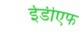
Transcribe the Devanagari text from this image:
ईडीएफ